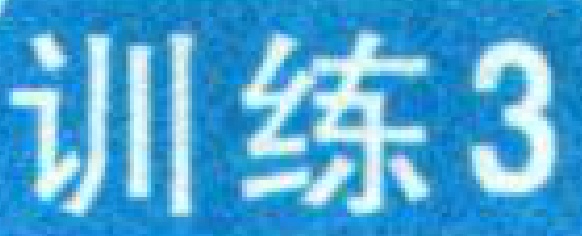
训练3